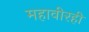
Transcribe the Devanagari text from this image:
महावीरही